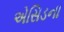
એસિડના